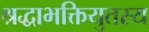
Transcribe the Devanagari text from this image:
श्रद्धाभक्तियुतस्य